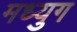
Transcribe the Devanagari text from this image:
मध्युग